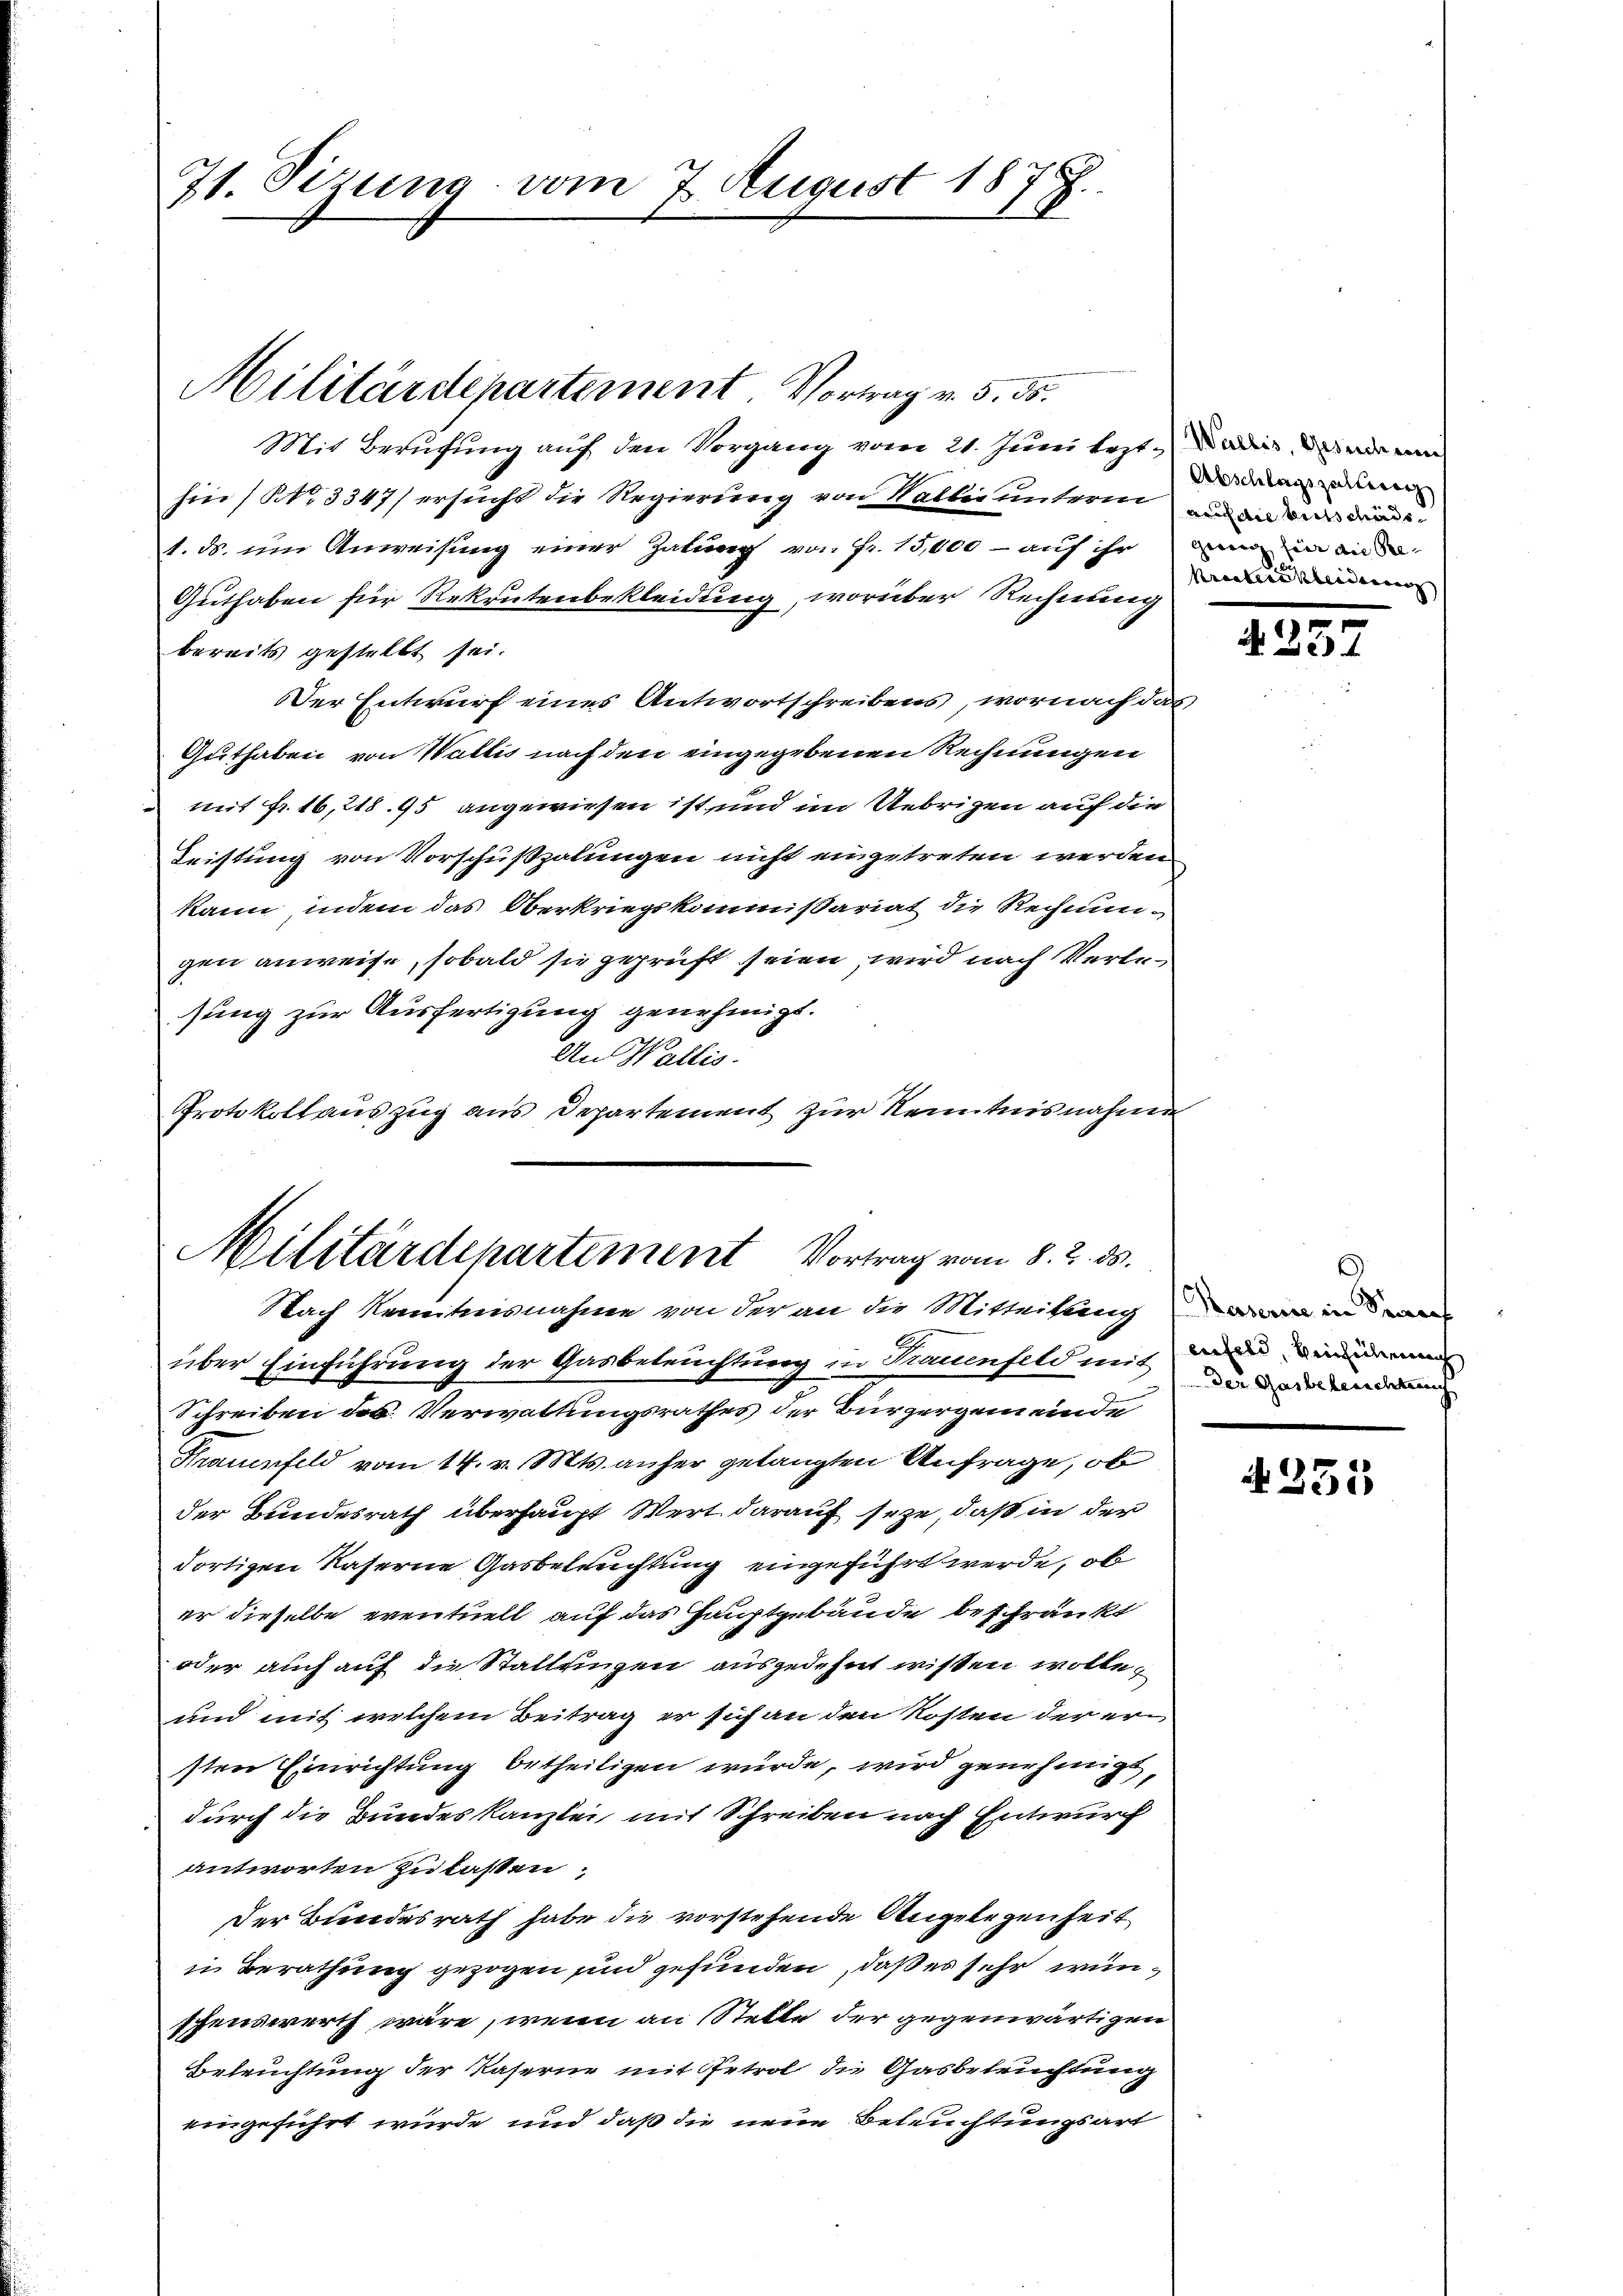
71. Sizung vom 7. August 1877.

Mit Berufung auf den Vorgang vom 21. Juni lezt¬ ain a
hin (NNo. 3347/ ersucht die Regierung von Wallis unterm und und an de
1. ds. um Anweisung einer Gabung von Fr. 15,000 - auf ihr an in die
Guthaben für Rekrutenbekleidung, worüber Rechnung
bereits gestellt sei.
Der Entwurf eines Antwortschreibens, wornach das
Guthaben von Wallis nach den eingegebenen Rechnungen
mit fr. 16, 218. 95 angewiesen ist und im Uebrigen auf die
Leistung von Vorschußzalungen nicht eingetreten werden
kann, indem das Oberkriegskommissariat die Rechnungen anweise, sobald sie geprüft seien, wird nach Verlesung zur Ausfertigung genehmigt.
An Wallis.
Protokollauszug aus Departement zur Kenntnisnahmen

Militärdepartement Vortrag v. 5. ds.

Militärdepartement Vortrag vom 8. 2. 35.
Nach Kenntnisnahme von der an die Mitteilung in

über Einführung der Gasbeleuchtung in Trauenfeld mit in eine
Schreiben des Verwaltungsrathes der Bürgergemeinde
Frauenfeld vom 14. v. Mts. anher gelangten Anfrage, ob
der Bundesrath überhaupt Wert darauf seze, daß in der
dortigen Kaserne Gasbeleuchtung eingeführt werde, ob
er dieselbe eventuell auf das Hauptgebäude beschränkt
oder auch auf die Stallungen ausgedehnt wissen wolle,
und mit welchem Beitrag er sich an den Kosten der er
sten Einrichtung betheiligen würde, wird genehmigt,
durch die Bundeskanzlei mit Schreiben nach Entwurf
antworten Zulasten,
Der Bundesrath habe die vorstehende Angelegenheit
in Berathung gezogen sind gefunden, daß es sehr wünschenswerth wäre, wenn an Stelle der gegenwärtigen
Beleuchtung der Kaserne mit Getrol die Gasbetrichtung
eingeführt wurde, und daß die neue Beleuchtungsart

Abschlagszulierenz
tracterscheidung |

4257

d
Der Gasbeberichtung

4335